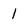
Character: 1